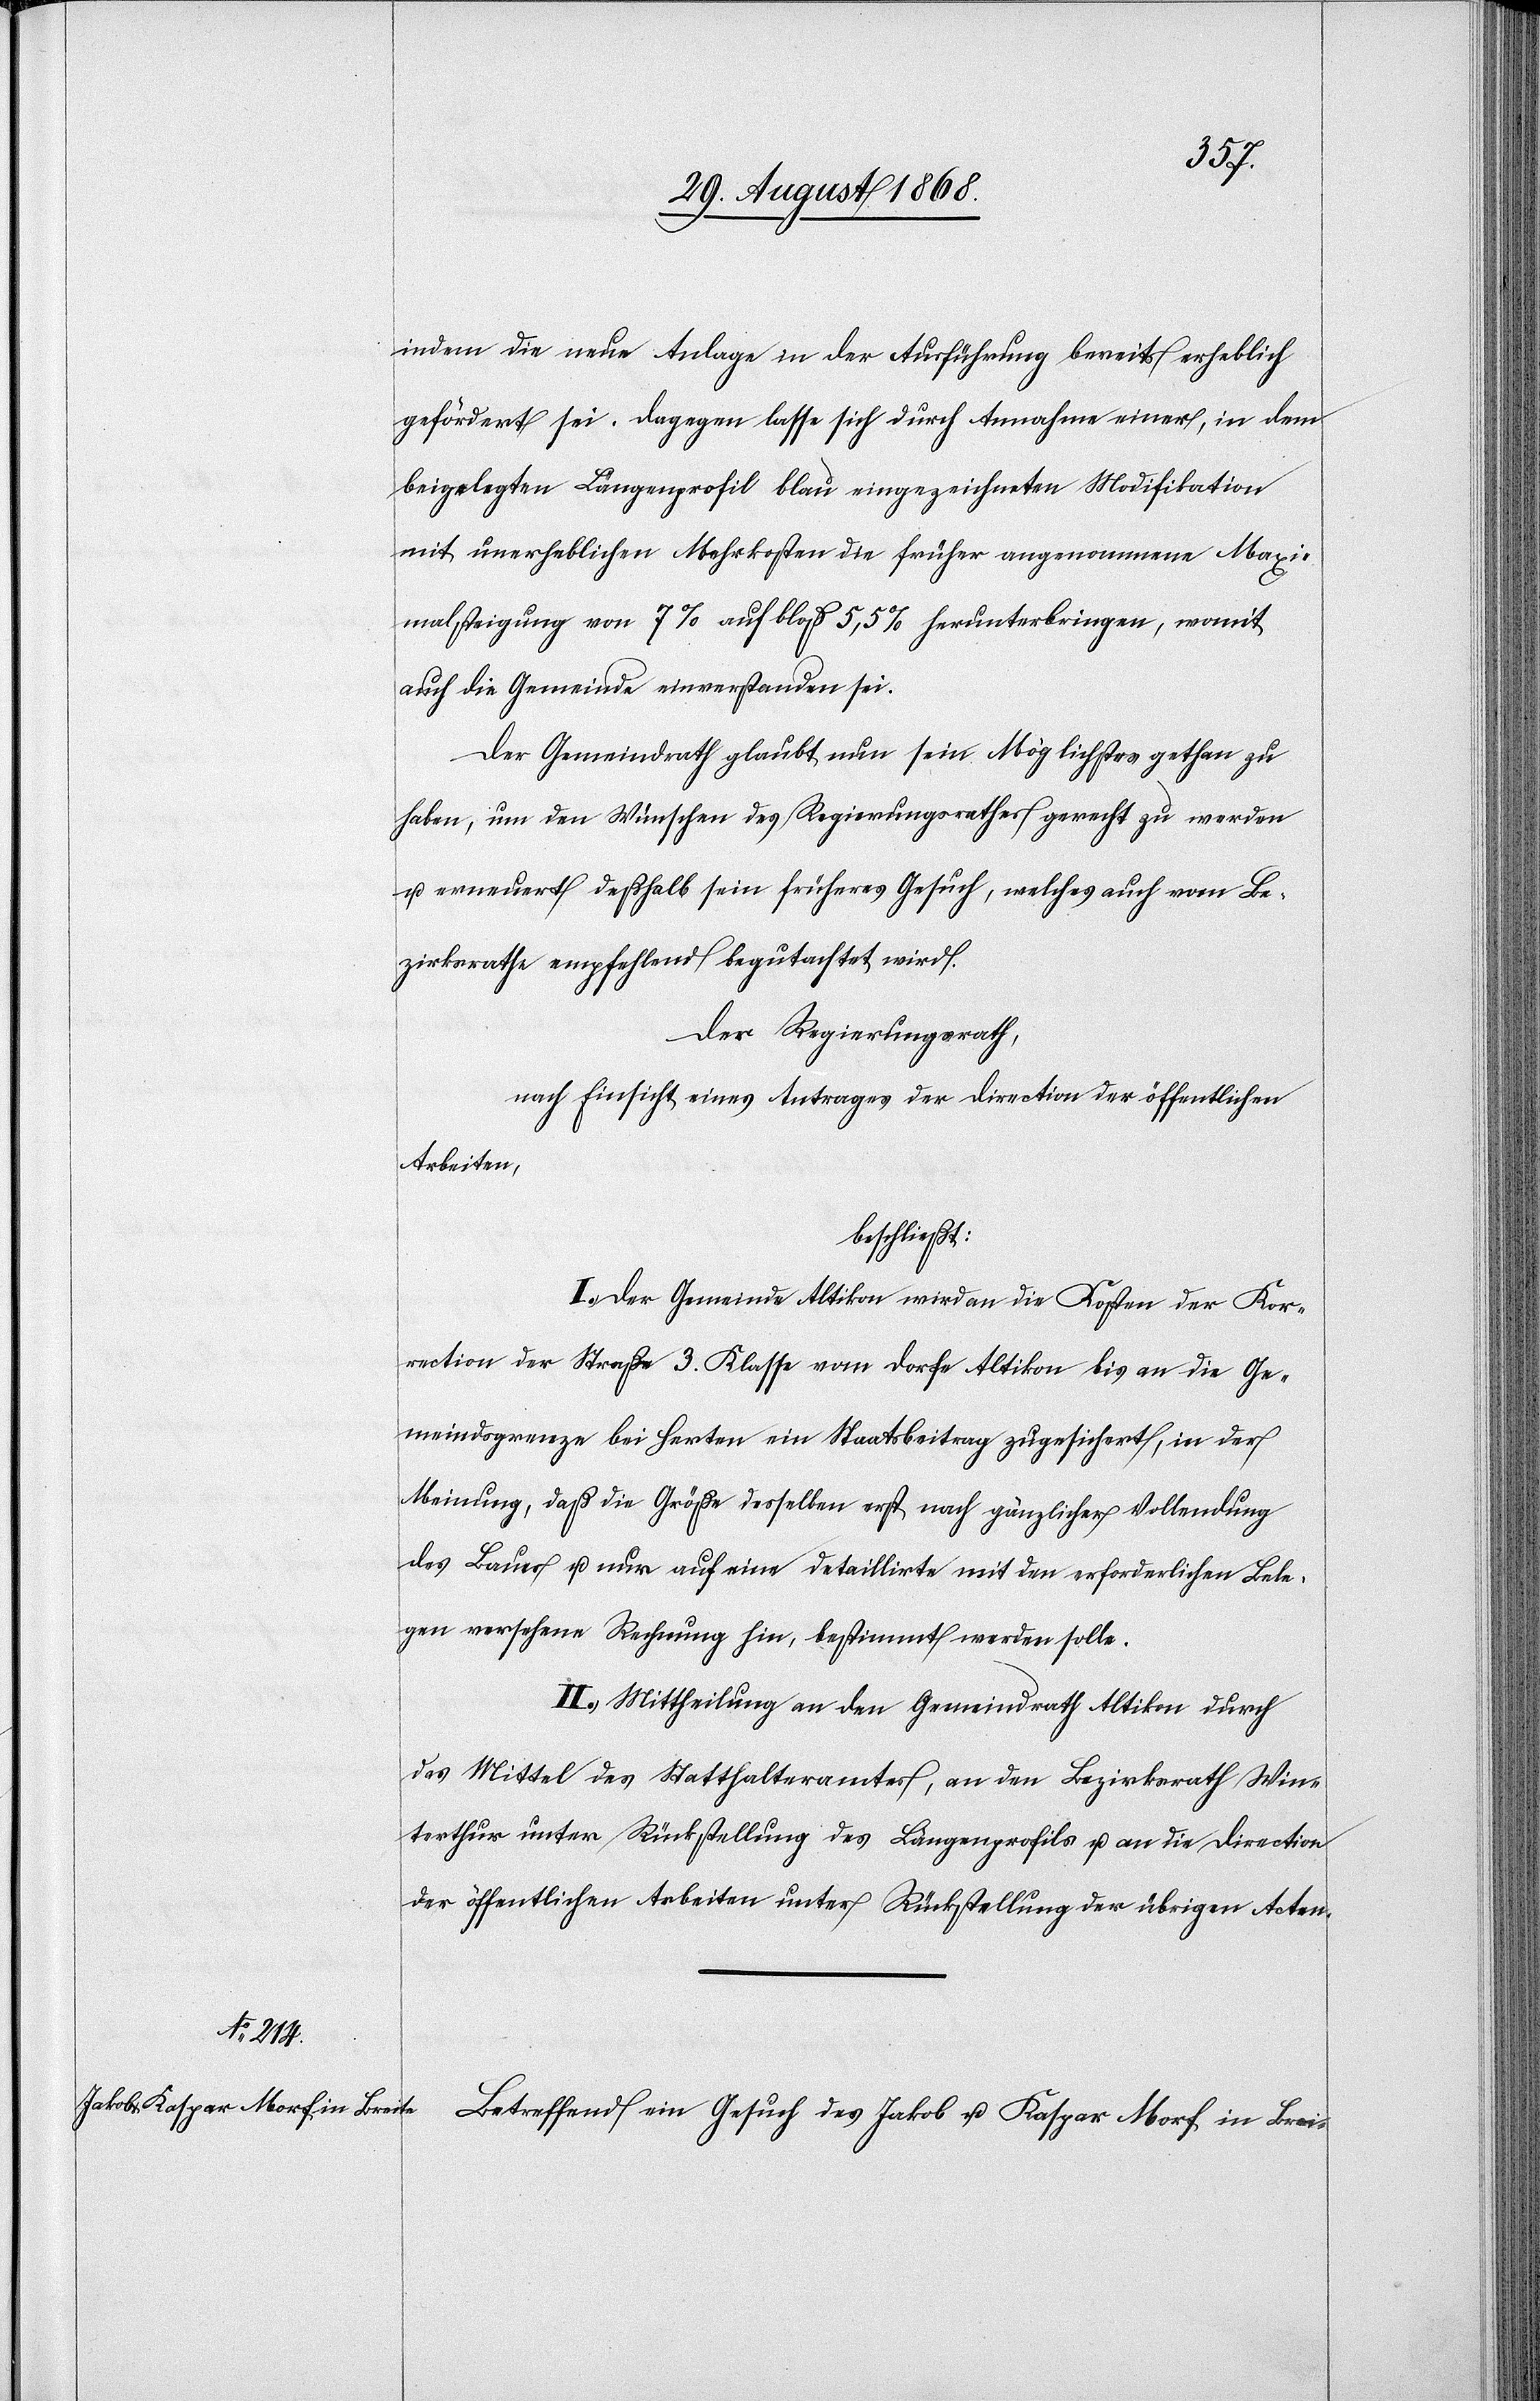
indem die neue Anlage in der Ausführung bereits erheblich
gefördert sei. Dagegen lasse sich durch Annahme einer, in dem
beigelegten Längenprofil blau eingezeichneten Modifikation
mit unerheblichen Mehrkosten die früher angenommene Maxi¬
malsteigung von 7% auf bloß 5,5% herunterbringen, womit
auch die Gemeinde einverstanden sei.
Der Gemeindrath glaubt nun sein Möglichstes gethan zu
haben, um den Wünschen des Regierungsrathes gerecht zu werden
u. erneuert deßhalb sein früheres Gesuch, welches auch vom Be¬
zirksrathe empfehlend begutachtet wird.
Der Regierungsrath,
nach Einsicht eines Antrages der Direction der öffentlichen
Arbeiten,
beschließt:
I.) Der Gemeinde Altikon wird an die Kosten der Kor¬
rection der Straße 3. Klasse vom Dorfe Altikon bis an die Ge¬
meindsgrenze bei Herten ein Staatsbeitrag zugesichert, in der
Meinung, daß die Größe desselben erst nach gänzlicher Vollendung
des Baues u. nur auf eine detaillirte mit den erforderlichen Bele¬
gen versehene Rechnung hin, bestimmt werden solle.
II.) Mittheilung an den Gemeindrath Altikon durch
das Mittel des Statthalteramtes, an den Bezirksrath Win¬
terthur unter Rückstellung des Längenprofils u. an die Direction
der öffentlichen Arbeiten unter Rückstellung der übrigen Acten.
Betreffend ein Gesuch des Jakob u. Kaspar Morf in Brei-